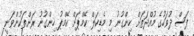
ފަސް ދުވަހުގެ މުއްދަތަށް ހިންގުނު މި މެޑިކަލް ކޭމްޕަށް ކޭމްޕު ހިންގުނު ރަށްތަކުންވަނީ